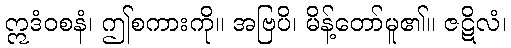
ဣဒံဝစနံ၊ ဤစကားကို။ အဗြပိ၊ မိန့်တော်မူ၏။ ဇဋိလံ၊